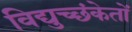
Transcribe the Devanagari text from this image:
विद्युच्छंकेतों